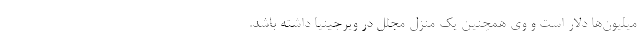
میلیون‌ها دلار است و وی همچنین یک منزل مجلل در ویرجینیا داشته باشد.